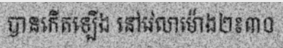
បានកើតឡើង នៅវេលាម៉ោង២៖៣០